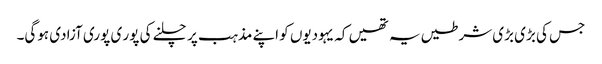
جس کی بڑی بڑی شرطیں یہ تھیں کہ یہودیوں کو اپنے مذہب پر چلنے کی پور ی پوری آزادی ہوگی۔